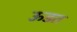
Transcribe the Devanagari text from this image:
ऊडत